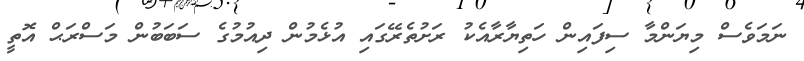
ނަމަވެސް މިޔަންމާ ސިފައިން ހަތިޔާރާއެކު ރަށުތެރޭގައި އުޅެމުން ދިއުމުގެ ސަބަބުން މަސްރަޙް އޮތީ